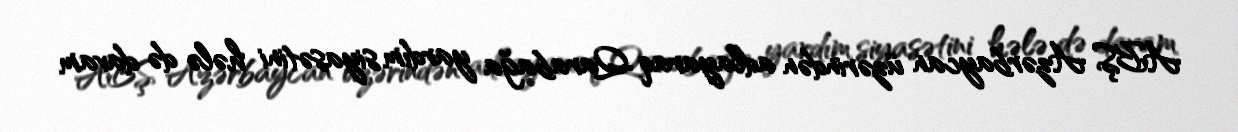
ABŞ Azərbaycan üzərindən adlayaraq Qarabağa yardım siyasətini hələ də davam